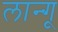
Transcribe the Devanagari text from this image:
लान्गू